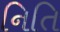
નિતિ